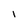
Character: i